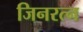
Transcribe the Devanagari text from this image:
जिनरत्न